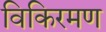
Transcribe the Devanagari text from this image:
विकिरमण